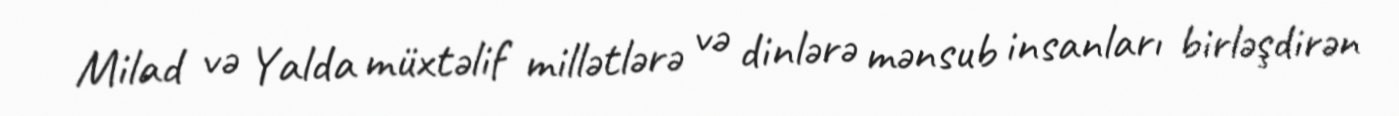
Milad və Yalda müxtəlif millətlərə və dinlərə mənsub insanları birləşdirən